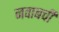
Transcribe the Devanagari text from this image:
नवाबची